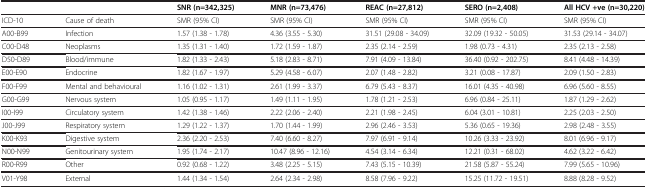
<table><thead><tr><td><b> </b></td><td><b> </b></td><td><b>SNR (n=342,325)</b></td><td><b>MNR (n=73,476)</b></td><td><b>REAC (n=27,812)</b></td><td><b>SERO (n=2,408)</b></td><td><b>All HCV +ve (n=30,220)</b></td></tr></thead><tbody><tr><td>ICD-10</td><td>Cause of death</td><td>SMR (95% CI)</td><td>SMR (95% CI)</td><td>SMR (95% CI)</td><td>SMR (95% CI)</td><td>SMR (95% CI)</td></tr><tr><td>A00-B99</td><td>Infection</td><td>1.57 (1.38 - 1.78)</td><td>4.36 (3.55 - 5.30)</td><td>31.51 (29.08 - 34.09)</td><td>32.09 (19.32 - 50.05)</td><td>31.53 (29.14 - 34.07)</td></tr><tr><td>C00-D48</td><td>Neoplasms</td><td>1.35 (1.31 - 1.40)</td><td>1.72 (1.59 - 1.87)</td><td>2.35 (2.14 - 2.59)</td><td>1.98 (0.73 - 4.31)</td><td>2.35 (2.13 - 2.58)</td></tr><tr><td>D50-D89</td><td>Blood/immune</td><td>1.82 (1.33 - 2.43)</td><td>5.18 (2.83 - 8.71)</td><td>7.91 (4.09 - 13.84)</td><td>36.40 (0.92 - 202.75)</td><td>8.41 (4.48 - 14.39)</td></tr><tr><td>E00-E90</td><td>Endocrine</td><td>1.82 (1.67 - 1.97)</td><td>5.29 (4.58 - 6.07)</td><td>2.07 (1.48 - 2.82)</td><td>3.21 (0.08 - 17.87)</td><td>2.09 (1.50 - 2.83)</td></tr><tr><td>F00-F99</td><td>Mental and behavioural</td><td>1.16 (1.02 - 1.31)</td><td>2.61 (1.99 - 3.37)</td><td>6.79 (5.43 - 8.37)</td><td>16.01 (4.35 - 40.98)</td><td>6.96 (5.60 - 8.55)</td></tr><tr><td>G00-G99</td><td>Nervous system</td><td>1.05 (0.95 - 1.17)</td><td>1.49 (1.11 - 1.95)</td><td>1.78 (1.21 - 2.53)</td><td>6.96 (0.84 - 25.11)</td><td>1.87 (1.29 - 2.62)</td></tr><tr><td>I00-I99</td><td>Circulatory system</td><td>1.42 (1.38 - 1.46)</td><td>2.22 (2.06 - 2.40)</td><td>2.21 (1.98 - 2.45)</td><td>6.04 (3.01 - 10.81)</td><td>2.25 (2.03 - 2.50)</td></tr><tr><td>J00-J99</td><td>Respiratory system</td><td>1.29 (1.22 - 1.37)</td><td>1.70 (1.44 - 1.99)</td><td>2.96 (2.46 - 3.53)</td><td>5.36 (0.65 - 19.36)</td><td>2.98 (2.48 - 3.55)</td></tr><tr><td>K00-K93</td><td>Digestive system</td><td>2.36 (2.20 - 2.53)</td><td>7.40 (6.60 - 8.27)</td><td>7.97 (6.91 - 9.14)</td><td>10.26 (3.33 - 23.92)</td><td>8.01 (6.96 - 9.17)</td></tr><tr><td>N00-N99</td><td>Genitourinary system</td><td>1.95 (1.74 - 2.17)</td><td>10.47 (8.96 - 12.16)</td><td>4.54 (3.14 - 6.34)</td><td>12.21 (0.31 - 68.02)</td><td>4.62 (3.22 - 6.42)</td></tr><tr><td>R00-R99</td><td>Other</td><td>0.92 (0.68 - 1.22)</td><td>3.48 (2.25 - 5.15)</td><td>7.43 (5.15 - 10.39)</td><td>21.58 (5.87 - 55.24)</td><td>7.99 (5.65 - 10.96)</td></tr><tr><td>V01-Y98</td><td>External</td><td>1.44 (1.34 - 1.54)</td><td>2.64 (2.34 - 2.98)</td><td>8.58 (7.96 - 9.22)</td><td>15.25 (11.72 - 19.51)</td><td>8.88 (8.28 - 9.52)</td></tr></tbody></table>